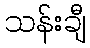
သန်းချီ